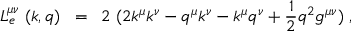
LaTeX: L _ { e } ^ { \mu \nu } \; ( k , q ) \; \; = \; \; 2 \; ( 2 k ^ { \mu } k ^ { \nu } - q ^ { \mu } k ^ { \nu } - k ^ { \mu } q ^ { \nu } + \frac { 1 } { 2 } q ^ { 2 } g ^ { \mu \nu } ) \; ,